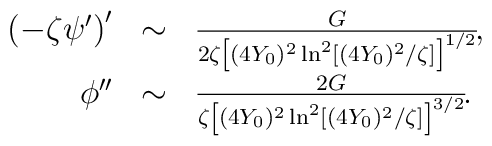
\begin{array}{rcl}\left(- \zeta\psi'\right)' & \sim &{G \over 2 \zeta\left[ (4Y_0)^2 \ln^2 [ (4Y_0)^2/\zeta] \right]^{1/2} }\!,\\\noalign{\vspace{0.2ex}}\phi'' & \sim &{2G  \over\zeta \left[(4Y_0)^2 \ln^2 [ (4Y_0)^2/\zeta] \right]^{3/2} }\!.\end{array}